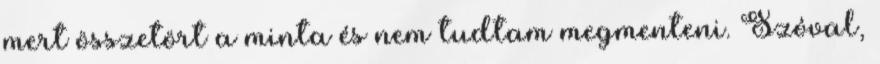
mert összetört a minta és nem tudtam megmenteni. Szóval,